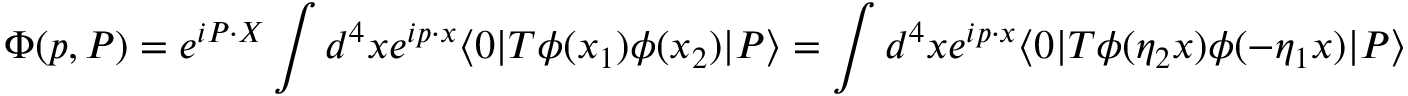
\Phi ( p , P ) = e ^ { i P \cdot X } \int d ^ { 4 } x e ^ { i p \cdot x } \langle 0 | T \phi ( x _ { 1 } ) \phi ( x _ { 2 } ) | P \rangle = \int d ^ { 4 } x e ^ { i p \cdot x } \langle 0 | T \phi ( \eta _ { 2 } x ) \phi ( - \eta _ { 1 } x ) | P \rangle \; .